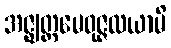
အဇ္ဈတ္တမေဝုဇ္ဇလယာမိ